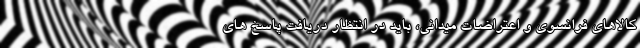
کالاهای فرانسوی و اعتراضات میدانی، باید در انتظار دریافت پاسخ های